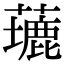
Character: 𦿖